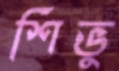
শিভু